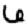
Digit: 6